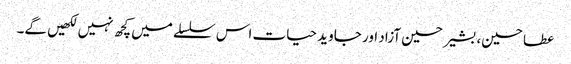
عطا حسین، بشیر حسین آزاد اور جاوید حیات اس سلسلے میں کچھ نہیں لکھیں گے۔